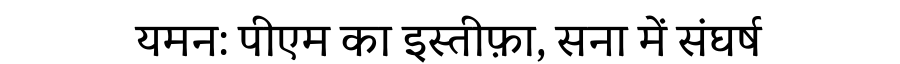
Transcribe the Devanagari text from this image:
यमन: पीएम का इस्तीफ़ा, सना में संघर्ष